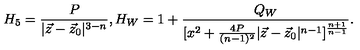
H _ { 5 } = { \frac { P } { | \vec { z } - \vec { z } _ { 0 } | ^ { 3 - n } } } , H _ { W } = 1 + { \frac { Q _ { W } } { [ x ^ { 2 } + { \frac { 4 P } { ( n - 1 ) ^ { 2 } } } | \vec { z } - \vec { z } _ { 0 } | ^ { n - 1 } ] ^ { \frac { n + 1 } { n - 1 } } } } .